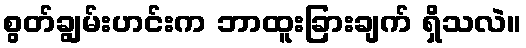
စွတ်ချွမ်းဟင်းက ဘာထူးခြားချက် ရှိသလဲ။